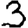
Digit: 3